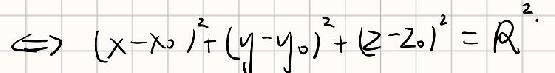
\[ \Leftrightarrow (x - x_0)^2 + (y - y_0)^2 + (z - z_0)^2 = R^2 \]